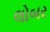
લોબર